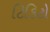
ટિકિટો